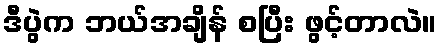
ဒီပွဲက ဘယ်အချိန် စပြီး ဖွင့်တာလဲ။